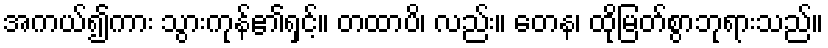
အကယ်၍ကား သွားကုန်၏ရှင့်။ တထာပိ၊ လည်း။ တေန၊ ထိုမြတ်စွာဘုရားသည်။